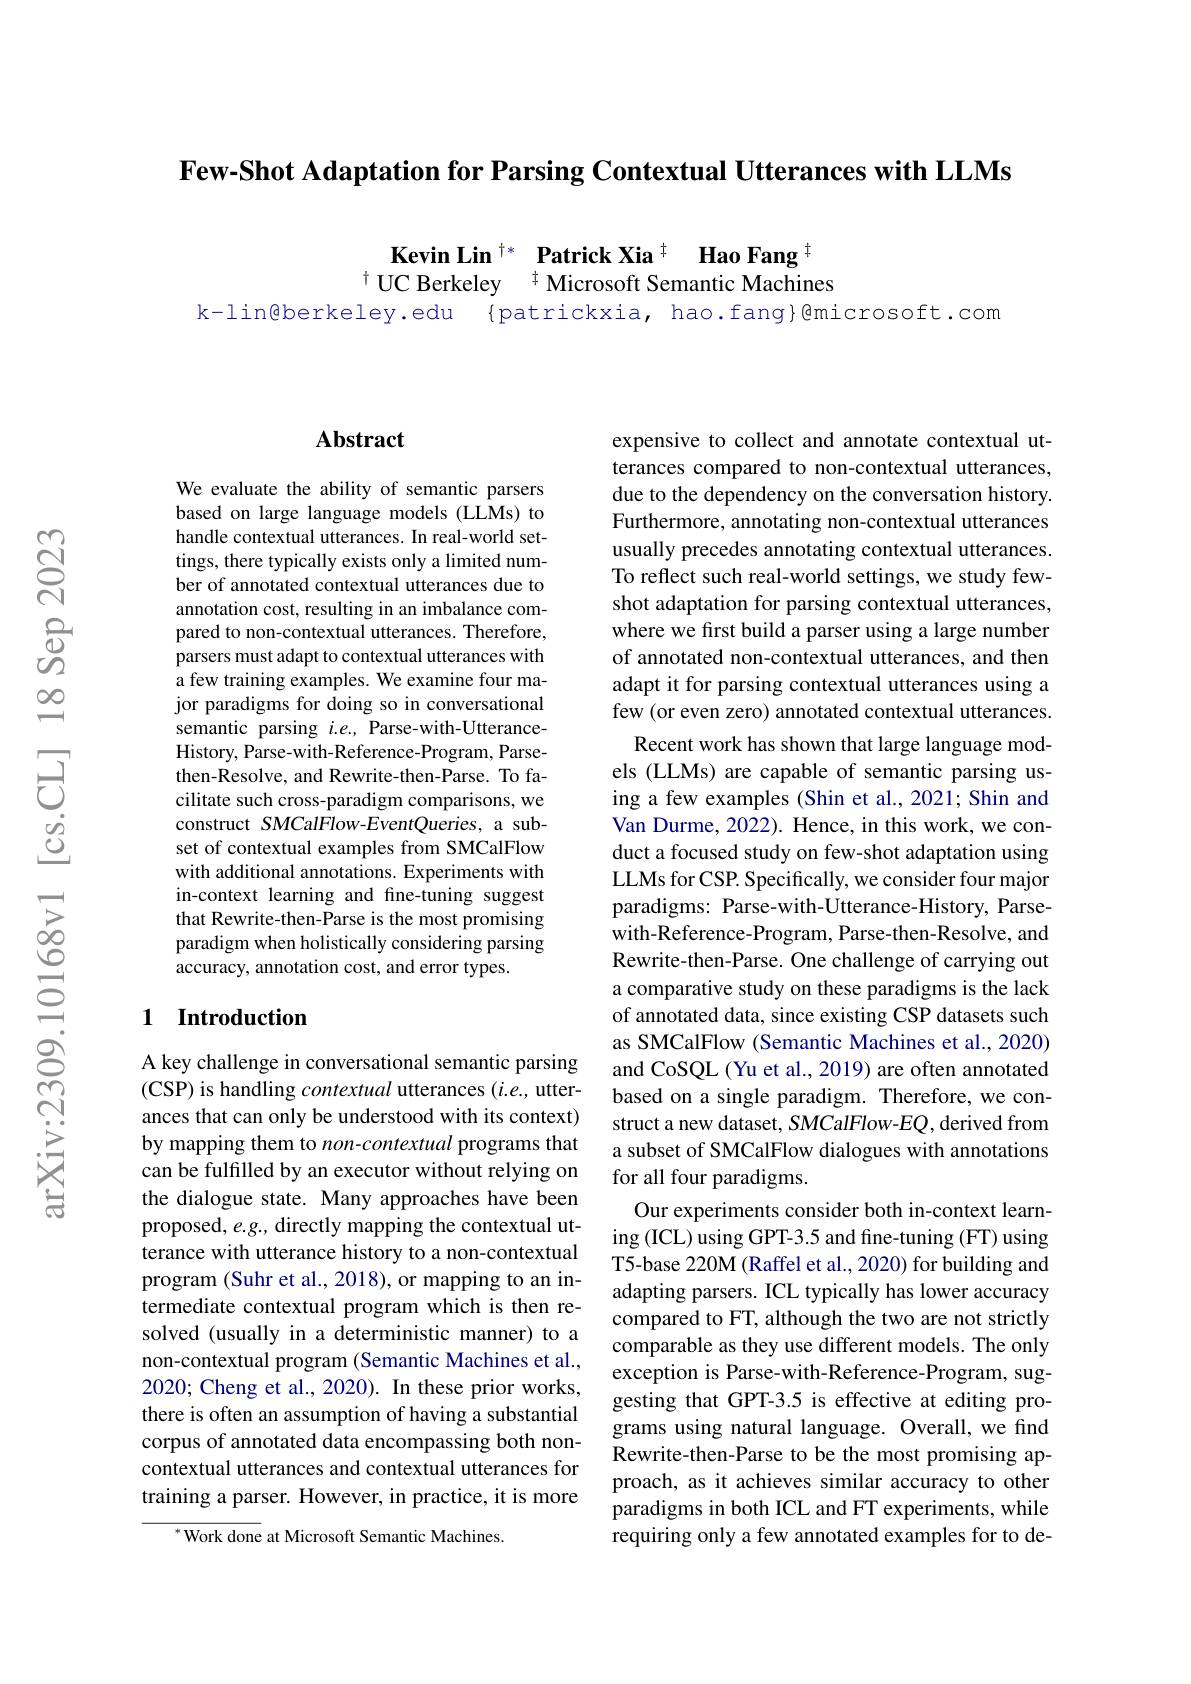
Few-Shot Adaptation for Parsing Contextual Utterances with LLMs

Kevin Lin $^{\dagger*}$ Patrick Xia$^{\dagger}$ Hao Fang$^{\dagger}$ $^{\dagger}$ UC Berkeley $^{\dagger}$ Microsoft Semantic Machines
k-lin@berkeley.edu {patrickxia, hao.fang}@microsoft.com

## Abstract

We evaluate the ability of semantic parsers based on large language models (LLMs) to handle contextual utterances. In real-world settings, there typically exists only a limited number of annotated contextual utterances due to annotation cost, resulting in an imbalance compared to non-contextual utterances. Therefore, parsers must adapt to contextual utterances with a few training examples. We examine four major paradigms for doing so in conversational semantic parsing $i.e.$, Parse-with-UtteranceHistory, Parse-with-Reference-Program, Parsethen-Resolve, and Rewrite-then-Parse. To facilitate such cross-paradigm comparisons, we construct SMCalFlow-EventQueries, a subset of contextual examples from SMCalFlow with additional annotations. Experiments with in-context learning and fine-tuning suggest that Rewrite-then-Parse is the most promising paradigm when holistically considering parsing accuracy, annotation cost, and error types.

### 1 $\textbf{Introduction}$

A key challenge in conversational semantic parsing (CSP) is handling contextual utterances (i.e., utterances that can only be understood with its context) by mapping them to non-contextual programs that can be fulfilled by an executor without relying on the dialogue state. Many approaches have been proposed, $e.g.$, directly mapping the contextual utterance with utterance history to a non-contextual program (Suhr et al., 2018), or mapping to an intermediate contextual program which is then resolved (usually in a deterministic manner) to a non-contextual program (Semantic Machines et al., 2020; Cheng et al., 2020). In these prior works, there is often an assumption of having a substantial corpus of annotated data encompassing both noncontextual utterances and contextual utterances for training a parser. However, in practice, it is more

$^{*}$Work done at Microsoft Semantic Machines.

expensive to collect and annotate contextual utterances compared to non-contextual utterances, due to the dependency on the conversation history. Furthermore, annotating non-contextual utterances usually precedes annotating contextual utterances. To reflect such real-world settings, we study fewshot adaptation for parsing contextual utterances, where we first build a parser using a large number of annotated non-contextual utterances, and then adapt it for parsing contextual utterances using a few (or even zero) annotated contextual utterances.
Recent work has shown that large language models (LLMs) are capable of semantic parsing using a few examples (Shin et al., 2021; Shin and Van Durme, 2022). Hence, in this work, we conduct a focused study on few-shot adaptation using LLMs for CSP. Specifically, we consider four major paradigms: Parse-with-Utterance-History, Parsewith-Reference-Program, Parse-then-Resolve, and Rewrite-then-Parse. One challenge of carrying out a comparative study on these paradigms is the lack of annotated data, since existing CSP datasets such as SMCalFlow (Semantic Machines et al., 2020) and CoSQL (Yu et al., 2019) are often annotated based on a single paradigm. Therefore, we construct a new dataset, SMCalFlow-EQ, derived from a subset of SMCalFlow dialogues with annotations for all four paradigms.
Our experiments consider both in-context learning (ICL) using GPT-3.5 and fine-tuning (FT) using T5-base 220M (Raffel et al., 2020) for building and adapting parsers. ICL typically has lower accuracy compared to FT, although the two are not strictly comparable as they use different models. The only exception is Parse-with-Reference-Program, suggesting that GPT-3.5 is effective at editing programs using natural language. Overall, we find Rewrite-then-Parse to be the most promising approach, as it achieves similar accuracy to other paradigms in both ICL and FT experiments, while requiring only a few annotated examples for to de-